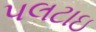
પલટાઇ